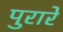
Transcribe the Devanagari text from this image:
पुरारे